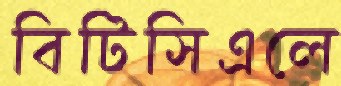
বিটিসিএলে